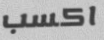
اكسب